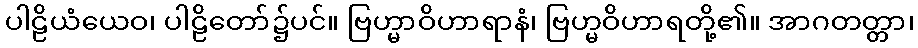
ပါဠိယံယေဝ၊ ပါဠိတော်၌ပင်။ ဗြဟ္မာဝိဟာရာနံ၊ ဗြဟ္မဝိဟာရတို့၏။ အာဂတတ္တာ၊